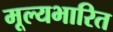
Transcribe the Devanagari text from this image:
मूल्यभारित